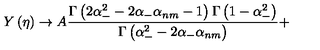
Y \left( \eta \right) \rightarrow A \frac { \Gamma \left( 2 \alpha _ { - } ^ { 2 } - 2 \alpha _ { - } \alpha _ { n m } - 1 \right) \Gamma \left( 1 - \alpha _ { - } ^ { 2 } \right) } { \Gamma \left( \alpha _ { - } ^ { 2 } - 2 \alpha _ { - } \alpha _ { n m } \right) } +